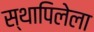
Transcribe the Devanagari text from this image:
स्थापिलेला